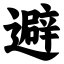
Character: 避